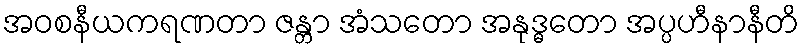
အဝစနီယကရဏတာ ဇန္တာ အံသတော အနုဒ္ဓတော အပ္ပဟီနာနီတိ